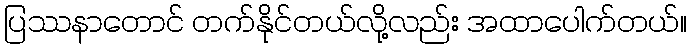
ပြဿနာတောင် တက်နိုင်တယ်လို့လည်း အထာပေါက်တယ်။